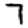
Digit: 7